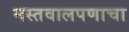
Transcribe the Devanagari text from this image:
मस्तवालपणाचा